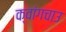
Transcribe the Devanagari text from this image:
क्वांगचाउ